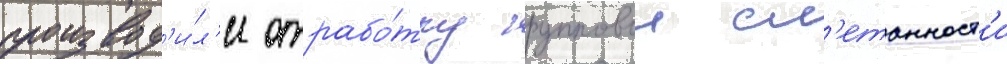
производ'и́л'и отрабо́тку групповои сл'етанност'и